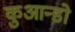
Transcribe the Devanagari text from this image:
कुआन्डो